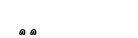
١٠